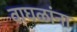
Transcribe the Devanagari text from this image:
वाघळांना